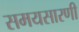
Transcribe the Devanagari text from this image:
समयसारणी